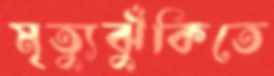
মৃত্যুঝুঁকিতে